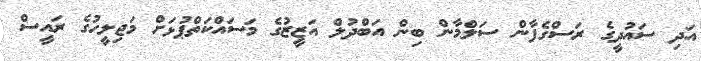
އަދި ސައުދީގެ ރަސްގެފާން ސަލްމާން ބިން އަބްދުލް އަޒީޒުގެ މަސައްކަތްޕުޅަށް މަޖިލީހުގެ ރައީސް